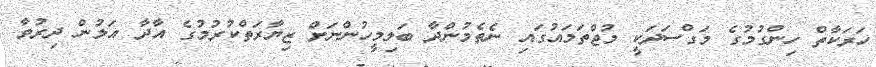
ހަރަކާތް ހިންގުމުގެ މަގްސަދަކީ މުޖްތަމައުގައި ނެތެމުންދާ ބަލިމީހުންނަށް ޒިޔާރަތްކުރުމުގެ އާދާ އަލުން ދިރުވާ